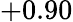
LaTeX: +0.90